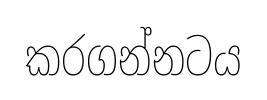
කරගන්නටය